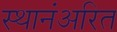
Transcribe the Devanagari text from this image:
स्थानंअरित